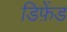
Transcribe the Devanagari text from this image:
डिफ़ेंड